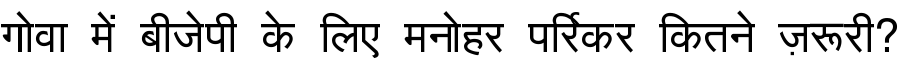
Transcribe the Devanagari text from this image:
गोवा में बीजेपी के लिए मनोहर पर्रिकर कितने ज़रूरी?